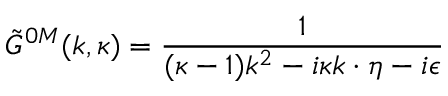
\tilde { G } ^ { 0 M } ( k , \kappa ) = { \frac { 1 } { ( \kappa - 1 ) k ^ { 2 } - i \kappa k \cdot \eta - i \epsilon } }